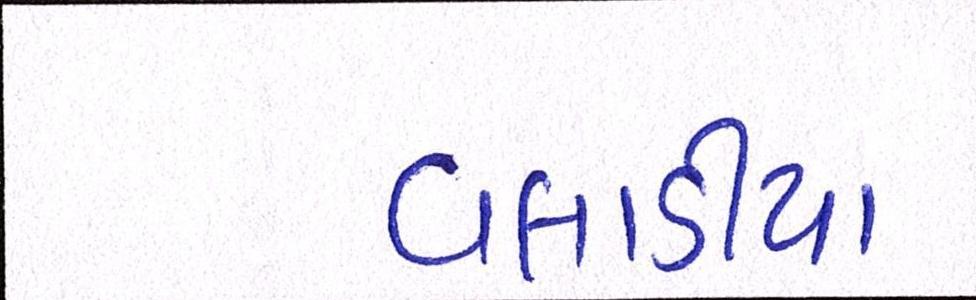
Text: વલાડીયા